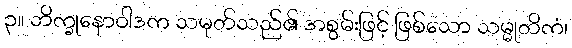
၃။ ဘိက္ခုနောဝါဒက သမုတ်သည်၏ အစွမ်းဖြင့် ဖြစ်သော သမ္မုတိကံ၊